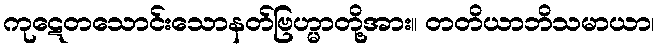
ကုဋေတသောင်းသောနတ်ဗြဟ္မာတို့အား။ တတိယာဘိသမာယာ၊